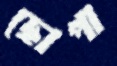
ছোপা